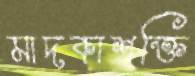
মাদকাশক্তি